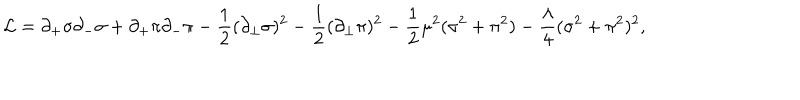
{ \cal L } = \partial _ { + } \sigma \partial _ { - } \sigma + \partial _ { + } \pi \partial _ { - } \pi - \frac { 1 } { 2 } ( \partial _ { \bot } \sigma ) ^ { 2 } - \frac { 1 } { 2 } ( \partial _ { \bot } \pi ) ^ { 2 } - \frac { 1 } { 2 } \mu ^ { 2 } ( \sigma ^ { 2 } + \pi ^ { 2 } ) - \frac { \lambda } { 4 } ( \sigma ^ { 2 } + \pi ^ { 2 } ) ^ { 2 } ,